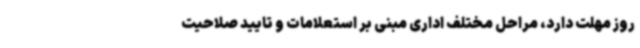
روز مهلت دارد، مراحل مختلف اداری مبنی بر استعلامات و تایید صلاحیت